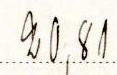
20,81